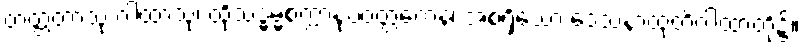
တတ္ထတာသု ဂါထာသု၊ ထိုသဒ္ဓမ္မစက္ကာနုပဝတ္တကေန၊ အစရှိသော ဒေသနာထုတိဂါထာတို့၌။